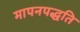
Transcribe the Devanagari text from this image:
मापनपद्धति